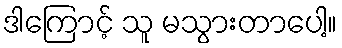
ဒါကြောင့် သူ မသွားတာပေါ့။